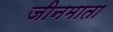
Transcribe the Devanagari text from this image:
जीनमाता